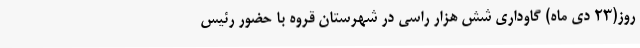
روز(23 دی ماه) گاوداری شش هزار راسی در شهرستان قروه با حضور رئیس